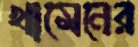
খামেনের